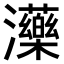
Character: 𤄶